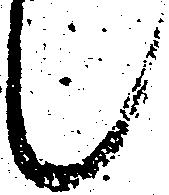
々